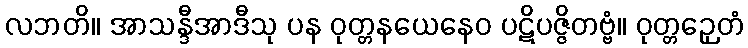
လဘတိ။ အာသန္ဒီအာဒီသု ပန ဝုတ္တနယေနေဝ ပဋိပဇ္ဇိတဗ္ဗံ။ ဝုတ္တဉှေတံ